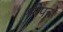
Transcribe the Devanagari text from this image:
श्रीपत्रों